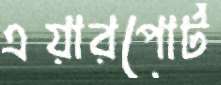
এয়ারপোর্ট